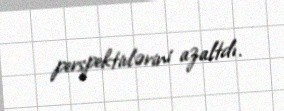
perspektivlərini azaltdı.